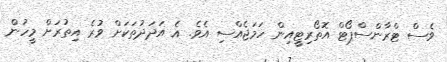
ވެސް ޓްރާންސްޕޯޓް އޮތޯރިޓީއިން ހަމަޖެއްސި އެވެ. އެ އަދަދުތަކަށް ވުރެ އިތުރަށް މީހުން